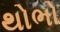
થોભો